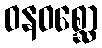
ဝနဝစ္ဆော